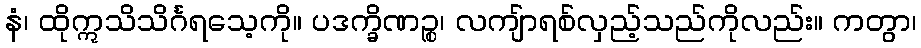
နံ၊ ထိုဣသိသိင်္ဂရသေ့ကို။ ပဒက္ခိဏဉ္စ၊ လကျ်ာရစ်လှည့်သည်ကိုလည်း။ ကတွာ၊